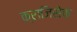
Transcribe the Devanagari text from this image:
क्राजिसेक